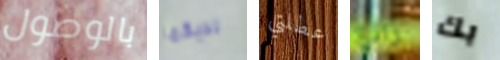
بالوصول لديكما عطلتي رائع بك